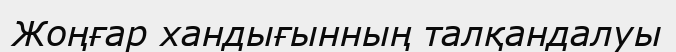
Жоңғар хандығынның талқандалуы